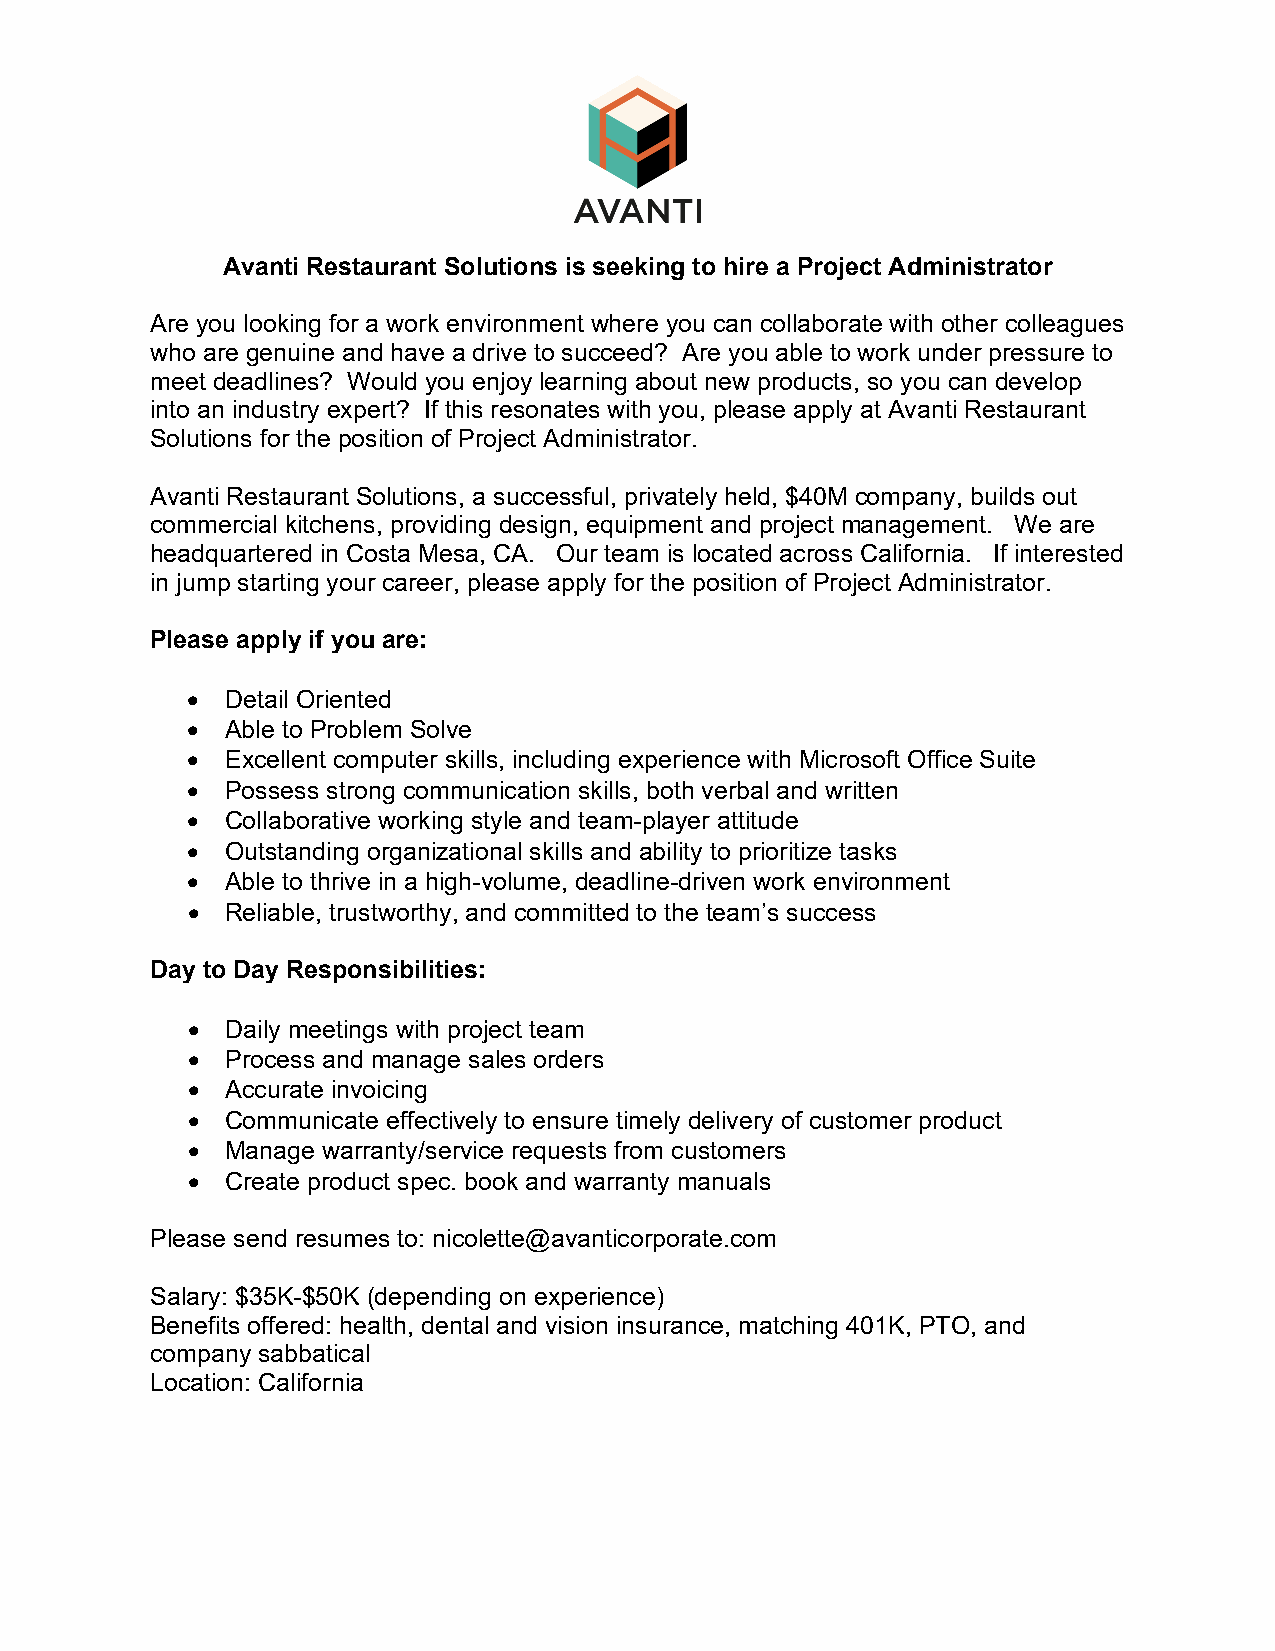
Avanti Restaurant Solutions is seeking to hire a Project Administrator
 Are you looking for a work environment where you can collaborate with other colleagues
 who are genuine and have a drive to succeed? Are you able to work under pressure to
 meet deadlines? Would you enjoy learning about new products, so you can develop
 into an industry expert? If this resonates with you, please apply at Avanti Restaurant
 Solutions for the position of Project Administrator.
 Avanti Restaurant Solutions, a successful, privately held, $40M company, builds out
 commercial kitchens, providing design, equipment and project management. We are
 headquartered in Costa Mesa, CA. Our team is located across California. If interested
 in jump starting your career, please apply for the position of Project Administrator.
 Please apply if you are:
 •  Detail Oriented
 •  Able to Problem Solve
 •  Excellent computer skills, including experience with Microsoft Office Suite
 •  Possess strong communication skills, both verbal and written
 •  Collaborative working style and team-player attitude
 •  Outstanding organizational skills and ability to prioritize tasks
 •  Able to thrive in a high-volume, deadline-driven work environment
 •  Reliable, trustworthy, and committed to the team’s success
 Day to Day Responsibilities:
 •  Daily meetings with project team
 •  Process and manage sales orders
 •  Accurate invoicing
 •  Communicate effectively to ensure timely delivery of customer product
 •  Manage warranty/service requests from customers
 •  Create product spec. book and warranty manuals
 Please send resumes to: nicolette@avanticorporate.com
 Salary: $35K-$50K (depending on experience)
 Benefits offered: health, dental and vision insurance, matching 401K, PTO, and
 company sabbatical
 Location: California